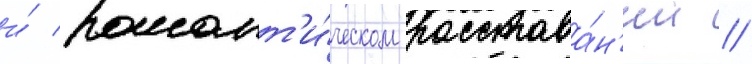
и́ романт'и́ческом расстава́н'ии //